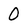
Character: 0